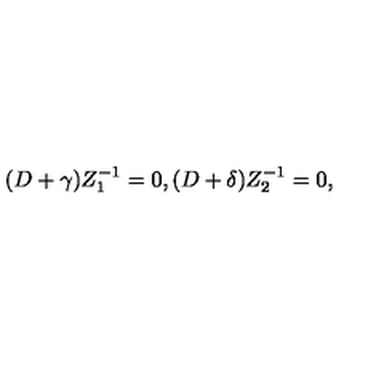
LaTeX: ( D + \gamma ) Z _ { 1 } ^ { - 1 } = 0 , ( D + \delta ) Z _ { 2 } ^ { - 1 } = 0 ,